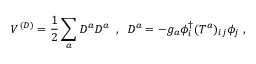
V ^ { ( D ) } = { \frac { 1 } { 2 } } \sum _ { a } D ^ { a } D ^ { a } \; \; , \; \; D ^ { a } = - g _ { a } \phi _ { i } ^ { \dagger } ( T ^ { a } ) _ { i j } \phi _ { j } \; ,